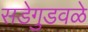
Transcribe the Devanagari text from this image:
सडेगुडवळे